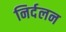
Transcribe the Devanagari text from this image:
निर्दलन